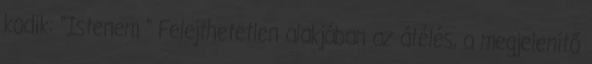
kodik: "Istenem " Felejthetetlen alakjában az átélés, a megjelenítő